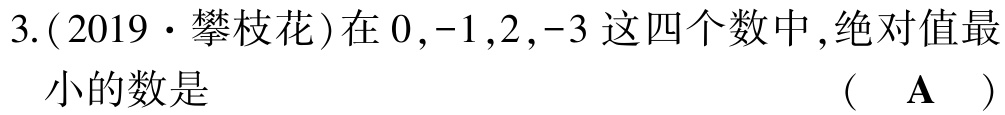
3.(2019·攀枝花)在\(0,-1,2,-3\)这四个数中,绝对值最小的数是  （  A  ）